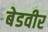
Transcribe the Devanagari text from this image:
बेडवीर